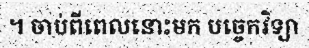
។ ចាប់ពីពេលនោះមក បច្ចេកវិទ្យា